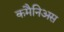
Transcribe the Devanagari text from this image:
कमैनिअस